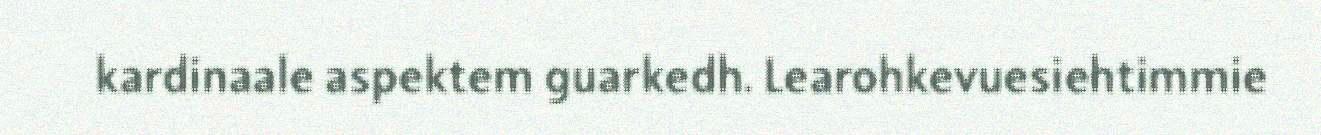
kardinaale aspektem guarkedh. Learohkevuesiehtimmie